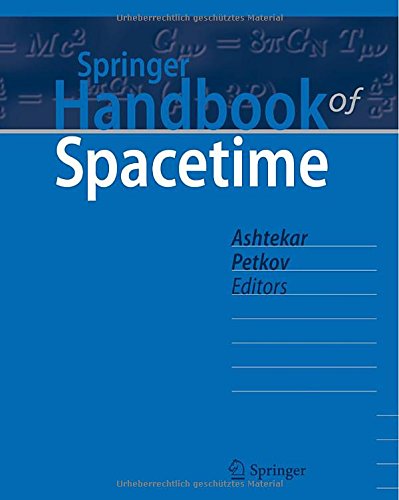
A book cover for Springer Handbook of Spacetime; Science & Math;